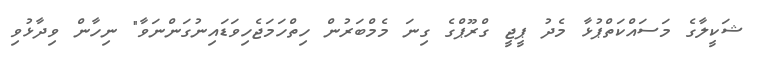
ޝަކީލާގެ މަސައްކަތްޕުޅާ މެދު ޕީޖީ ގްރޫޕްގެ ގިނަ މެމްބަރުން ހިތްހަމަޖެހިވަޑައިނުގަންނަވާ" ނިހާން ވިދާޅުވި